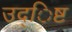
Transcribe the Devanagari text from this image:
उद्िष्ट